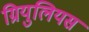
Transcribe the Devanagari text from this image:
ग्रियुलियस